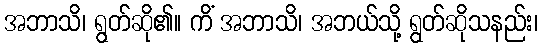
အဘာသိ၊ ရွတ်ဆို၏။ ကိံ အဘာသိ၊ အဘယ်သို့ ရွတ်ဆိုသနည်း၊